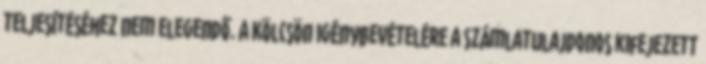
teljesítéséhez nem elegendő. A Kölcsön igénybevételére a Számlatulajdonos kifejezett